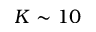
K \sim 1 0